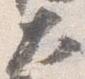
大